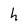
Character: h